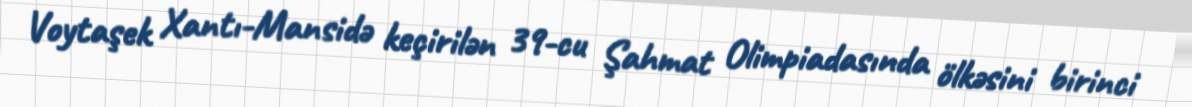
Voytaşek Xantı-Mansidə keçirilən 39-cu Şahmat Olimpiadasında ölkəsini birinci